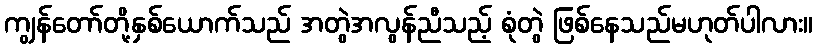
ကျွန်တော်တို့နှစ်ယောက်သည် အတွဲအလွန်ညီသည့် စုံတွဲ ဖြစ်နေသည်မဟုတ်ပါလား။